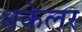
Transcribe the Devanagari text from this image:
धकेलर